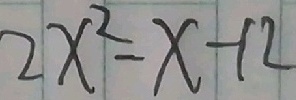
2 x ^ { 2 } - x - 1 2